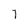
Character: 7